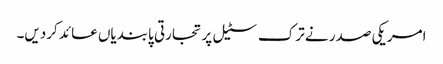
امریکی صدر نے ترک سٹیل پر تجارتی پابندیاں عائد کردیں۔